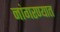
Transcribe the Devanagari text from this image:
नांगरण्यात